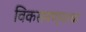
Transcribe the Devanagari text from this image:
विकसवण्याचा